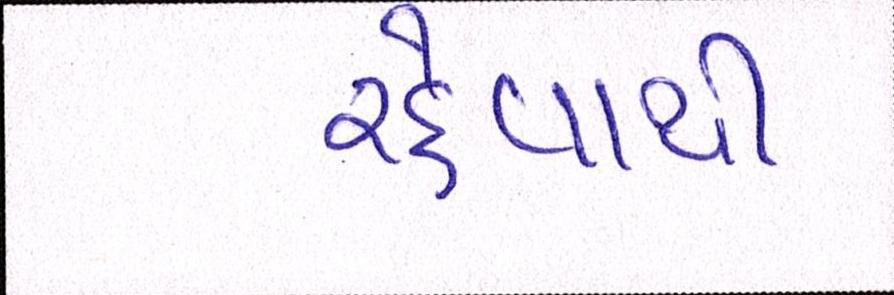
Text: રહેવાથી